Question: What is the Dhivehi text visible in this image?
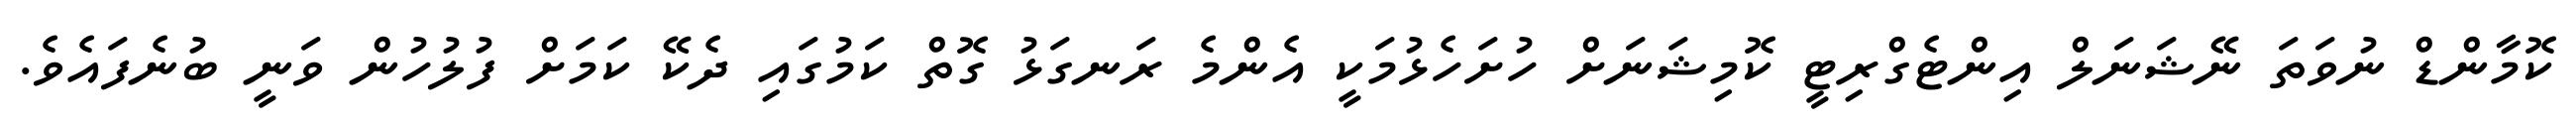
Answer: ކޮމާންޑް ނުވަތަ ނޭޝަނަލް އިންޓެގްރިޓީ ކޮމިޝަނަށް ހުށަހެޅުމަކީ އެންމެ ރަނގަޅު ގޮތް ކަމުގައި ދެކޭ ކަމަށް ފުލުހުން ވަނީ ބުނެފައެވެ.